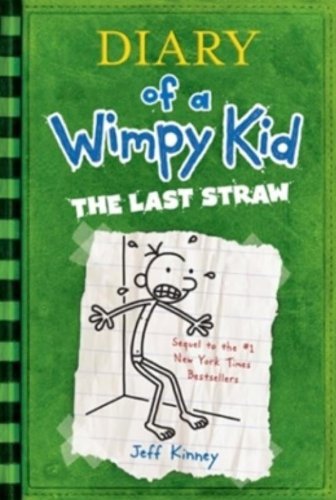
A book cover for Diary of a Wimpy Kid: The Last Straw (Book 3); Jeff Kinney; Children's Books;